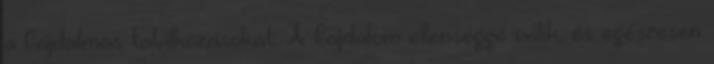
a fájdalmas találkozásokat. A fájdalom ellenséggé válik, és egészesen